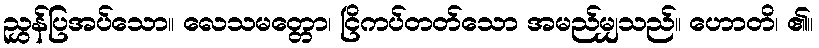
ညွှန်ပြအပ်သော။ လေသမတ္တော၊ ငြိကပ်တတ်သော အမည်မျှသည်။ ဟောတိ၊ ၏။